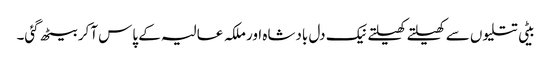
بیٹی تتلیوں سے کھیلتے کھیلتے نیک دل بادشاہ اور ملکہ عالیہ کے پاس آکر بیٹھ گئی۔